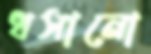
ধসানো